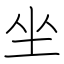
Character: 坐